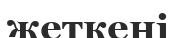
жеткені